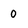
Character: 0